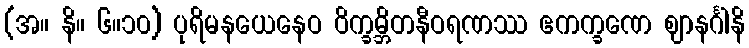
(အ။ နိ။ ၆။၁၀) ပုရိမနယေနေဝ ဝိက္ခမ္ဘိတနီဝရဏဿ ဧကက္ခဏေ ဈာနင်္ဂါနိ